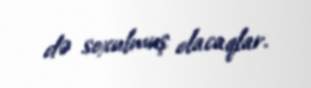
də soxulmuş olacaqlar.